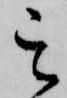
其